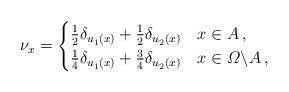
LaTeX: \begin{align*}\nu_x=\begin{cases}\frac12\delta_{u_1^{}(x)}+\frac12\delta_{u_2^{}(x)}&x\in A\,,\\\frac14\delta_{u_1^{}(x)}+\frac34\delta_{u_2^{}(x)}&x\in \varOmega{\setminus}A\,,\end{cases}\end{align*}